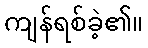
ကျန်ရစ်ခဲ့၏။